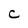
Character: C